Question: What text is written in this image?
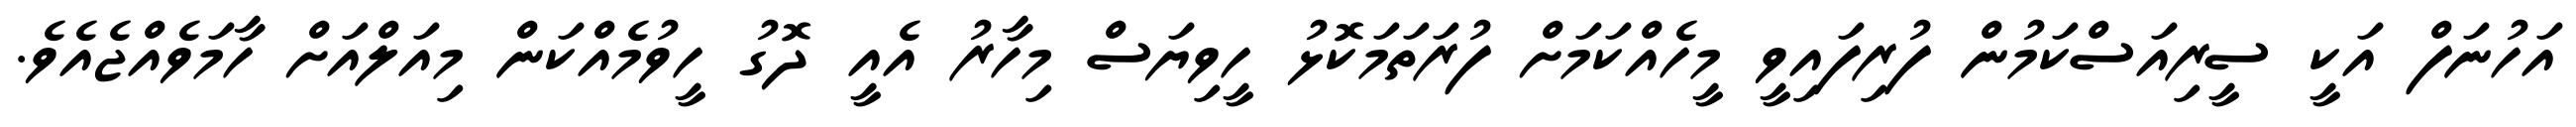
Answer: އަހުނަފް އަކީ ސީރިއަސްކަމުން ފުރިފައިވީ މީހެއްކަމަށް ފުރަތަމަކޮޅު ހީވިޔަސް މިހާރު އެއީ ދޮގު ހީވުމެއްކަން މިއަލްއަށް ހާމަވެއްޖެއެވެ.